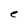
Character: e